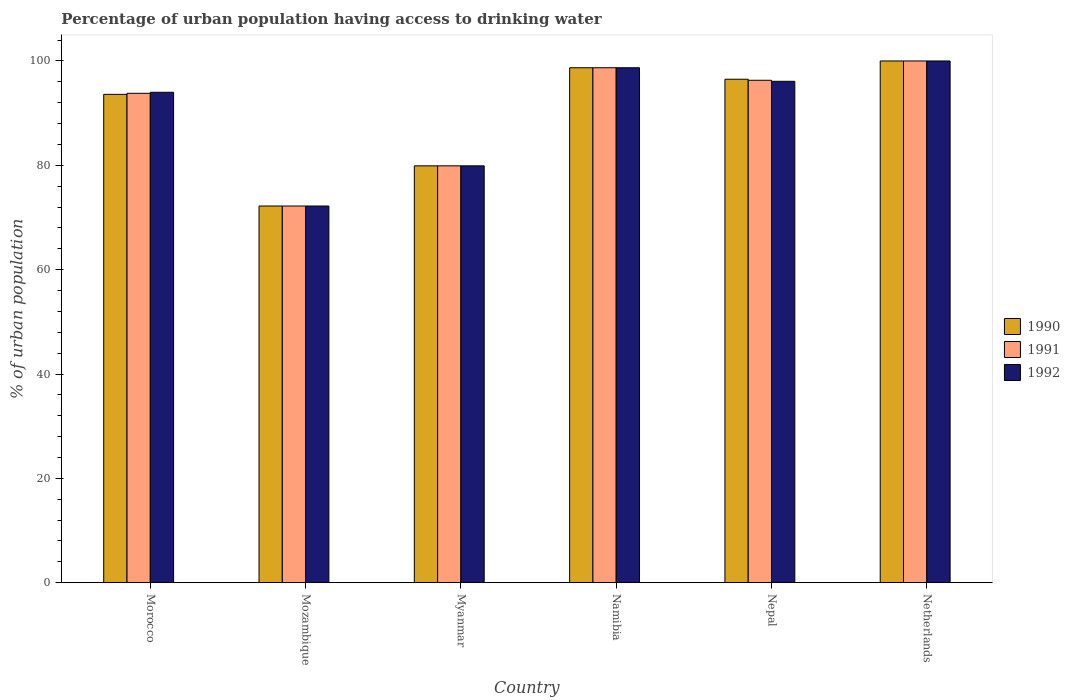
| Country | 1990 | 1991 | 1992 |
 | --- | --- | --- | --- |
 | Morocco | 93.6 | 93.8 | 94 |
 | Mozambique | 72.2 | 72.2 | 72.2 |
 | Myanmar | 79.9 | 79.9 | 79.9 |
 | Namibia | 98.7 | 98.7 | 98.7 |
 | Nepal | 96.5 | 96.3 | 96.1 |
 | Netherlands | 100 | 100 | 100 |